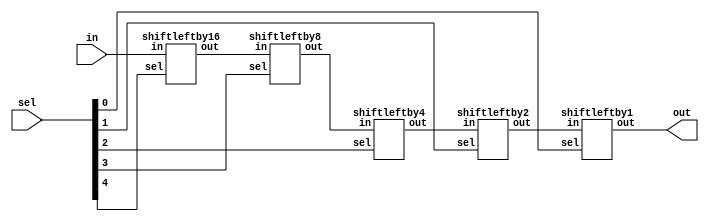
////////////////////////////////////////////////////////
//                                                    //
// Description  : shiftleft                           //
//                                                    //                  
//                                                    //
////////////////////////////////////////////////////////

module shiftleft(out,in,sel);
output	[24:0]out;
input   [24:0]in;
input   [4:0]sel;

wire	[24:0]s4,s3,s2,s1;

shiftleftby16	stage4(s4,in,sel[4]);
shiftleftby8	stage3(s3,s4,sel[3]);
shiftleftby4	stage2(s2,s3,sel[2]);
shiftleftby2	stage1(s1,s2,sel[1]);
shiftleftby1	stage0(out,s1,sel[0]);

endmodule

module shiftleftby1(out,in,sel);
output	[24:0]out;
input   [24:0]in;
input   sel;

assign out = sel?{in[23:0],1'b0}:in;

endmodule

module shiftleftby2(out,in,sel);
output	[24:0]out;
input   [24:0]in;
input   sel;

assign out = sel?{in[22:0],2'b00}:in;

endmodule

module shiftleftby4(out,in,sel);
output	[24:0]out;
input   [24:0]in;
input   sel;

assign out = sel?{in[20:0],4'h0}:in;

endmodule

module shiftleftby8(out,in,sel);
output	[24:0]out;
input   [24:0]in;
input   sel;

assign out = sel?{in[16:0],8'h00}:in;

endmodule

module shiftleftby16(out,in,sel);
output	[24:0]out;
input   [24:0]in;
input   sel;

assign out = sel?{in[8:0],16'h0000}:in;

endmodule